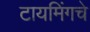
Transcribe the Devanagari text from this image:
टायमिंगचे